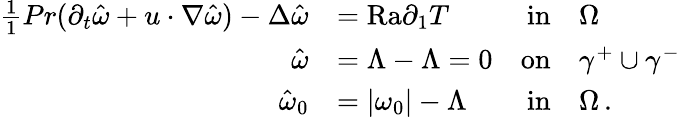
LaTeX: \begin{array}{rlrl}{\frac{1}{1}{{Pr}}(\partial_{t}\hat{\omega}+u\cdot\nabla\hat{\omega})-\Delta\hat{\omega}}&{={\mathrm{Ra}}\partial_{1}T}&{\textnormal{in}}&{\Omega}\\ {\hat{\omega}}&{=\Lambda-\Lambda=0}&{\textnormal{on}}&{\gamma^{+}\cup\gamma^{-}}\\ {\hat{\omega}_{0}}&{=|\omega_{0}|-\Lambda}&{\textnormal{in}}&{\Omega\, .}\end{array}